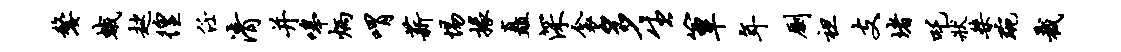
嫠蛾趑徨任清并嗥炳喟薪惕掾矗深衾多生簟年劂袒支堵吒状桀琬截